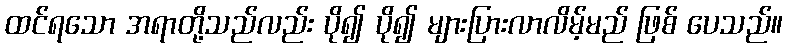
ထင်ရသော အရာတို့သည်လည်း ပို၍ ပို၍ များပြားလာလိမ့်မည် ဖြစ် ပေသည်။